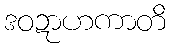
ဒဝဍာဟကာတိ